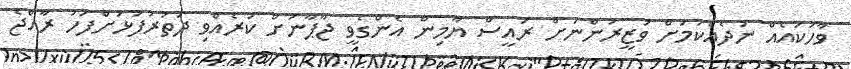
ވާހަކައެއް ނުދެއްކުމަށް ވަޒީރުންނަށް ރައީސް ޔާމިން އެންގެވީ ޖާޕާނަށް ކުރެއްވި ދަތުރުފުޅަށްފަހު ރާއްޖެ